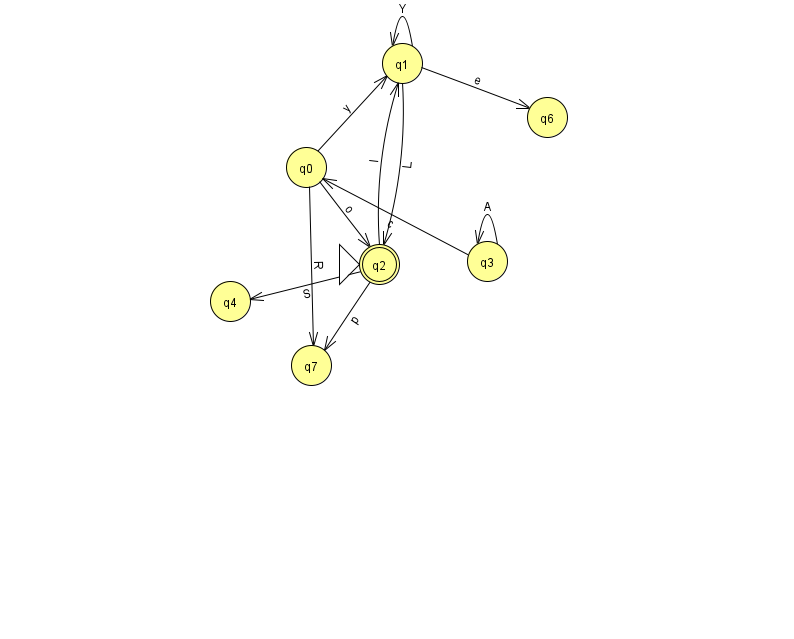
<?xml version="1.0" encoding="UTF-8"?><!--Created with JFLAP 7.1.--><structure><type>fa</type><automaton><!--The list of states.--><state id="0" name="q0"><x>306.0</x><y>154.0</y></state><state id="1" name="q1"><x>402.0</x><y>50.0</y></state><state id="2" name="q2"><x>379.0</x><y>251.0</y><initial/><final/></state><state id="3" name="q3"><x>487.0</x><y>248.0</y></state><state id="4" name="q4"><x>230.0</x><y>288.0</y></state><state id="6" name="q6"><x>547.0</x><y>104.0</y></state><state id="7" name="q7"><x>311.0</x><y>352.0</y></state><!--The list of transitions.--><transition><from>3</from><to>3</to><read>A</read></transition><transition><from>1</from><to>1</to><read>Y</read></transition><transition><from>1</from><to>2</to><read>L</read></transition><transition><from>2</from><to>4</to><read>S</read></transition><transition><from>0</from><to>1</to><read>y</read></transition><transition><from>2</from><to>1</to><read>I</read></transition><transition><from>2</from><to>7</to><read>p</read></transition><transition><from>3</from><to>0</to><read>c</read></transition><transition><from>1</from><to>6</to><read>e</read></transition><transition><from>0</from><to>2</to><read>o</read></transition><transition><from>0</from><to>7</to><read>R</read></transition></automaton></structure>